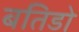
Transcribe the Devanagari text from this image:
बतिडो